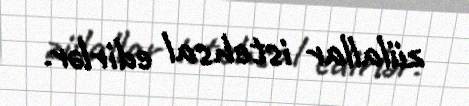
zülallar istehsal edirlər.